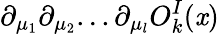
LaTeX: \partial_{\mu_{1}}\partial_{\mu_{2}}...\partial_{\mu_{l}}O_{k}^{I}(\mathit{x})